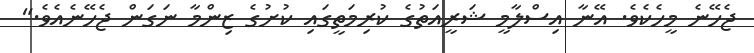
ޖެހޭނެ މީހެކެވެ. އޭނާ އިސްލާމީ ޝަރީއަތުގެ ކުރިމަތީގައި ކުށުގެ ޒިންމާ ނަގަން ޖެހޭނެއެވެ."